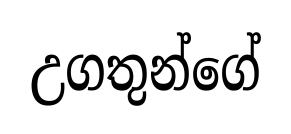
උගතුන්ගේ